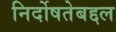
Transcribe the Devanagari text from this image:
निर्दोषतेबद्दल